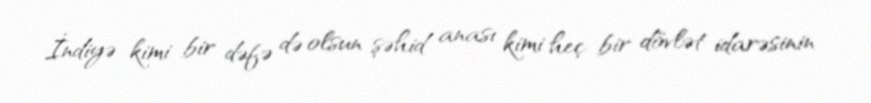
İndiyə kimi bir dəfə də olsun şəhid anası kimi heç bir dövlət idarəsinin